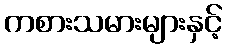
ကစားသမားများနှင့်